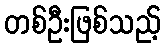
တစ်ဦးဖြစ်သည့်